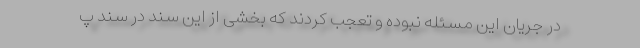
در جریان این مسئله نبوده و تعجب کردند که بخشی از این سند در سند پ